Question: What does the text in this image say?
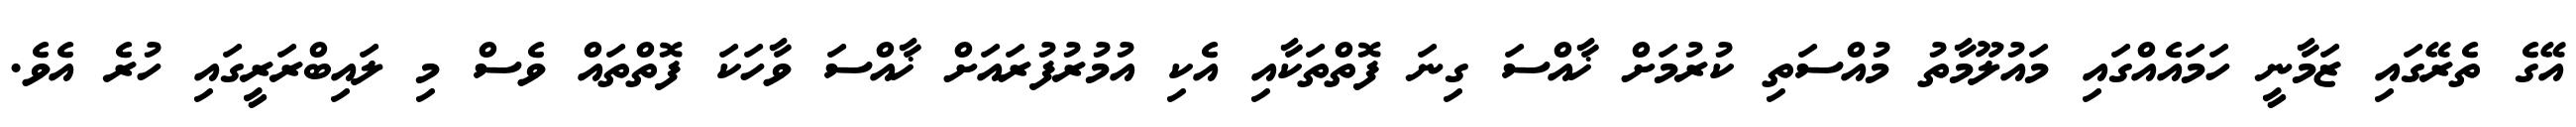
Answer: އޭގެ ތެރޭގައި ޒަމާނީ ހަމައެއްގައި މައުލޫމާތު މުއްސަތި ކުރުމަށް ޚާއްސަ ގިނަ ފޮތްތަކާއި އެކި އުމުރުފުރައަށް ޚާއްސަ ވާހަކަ ފޮތްތައް ވެސް މި ލައިބްރަރީގައި ހުރެ އެވެ.